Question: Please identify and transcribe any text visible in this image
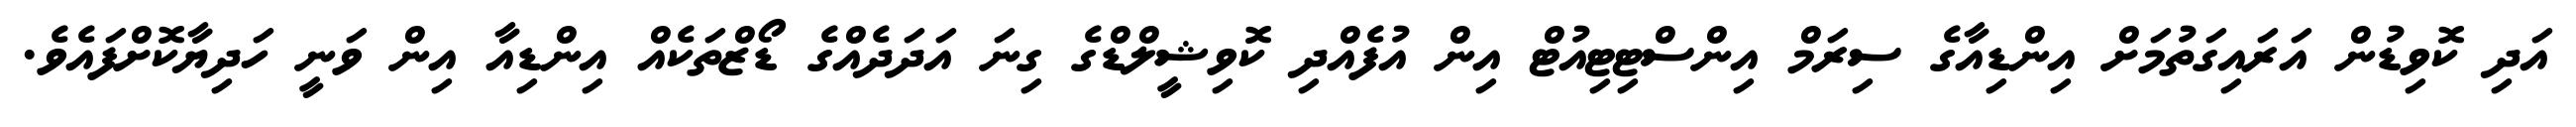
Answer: އަދި ކޮވިޑުން އަރައިގަތުމަށް އިންޑިއާގެ ސިރަމް އިންސްޓިޓިއުޓް އިން އުފެއްދި ކޮވިޝީލްޑްގެ ގިނަ އަދަދެއްގެ ޑޯޒްތަކެއް އިންޑިއާ އިން ވަނީ ހަދިޔާކޮށްފައެވެ.